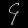
Digit: ၄